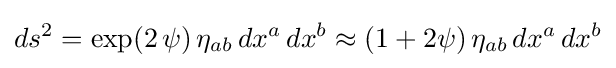
ds^{2}=\exp(2\,\psi )\,\eta _{ab}\,dx^{a}\,dx^{b}\approx (1+2\psi )\,\eta _{ab}\,dx^{a}\,dx^{b}